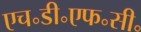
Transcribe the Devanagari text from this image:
एच॰डी॰एफ॰सी॰